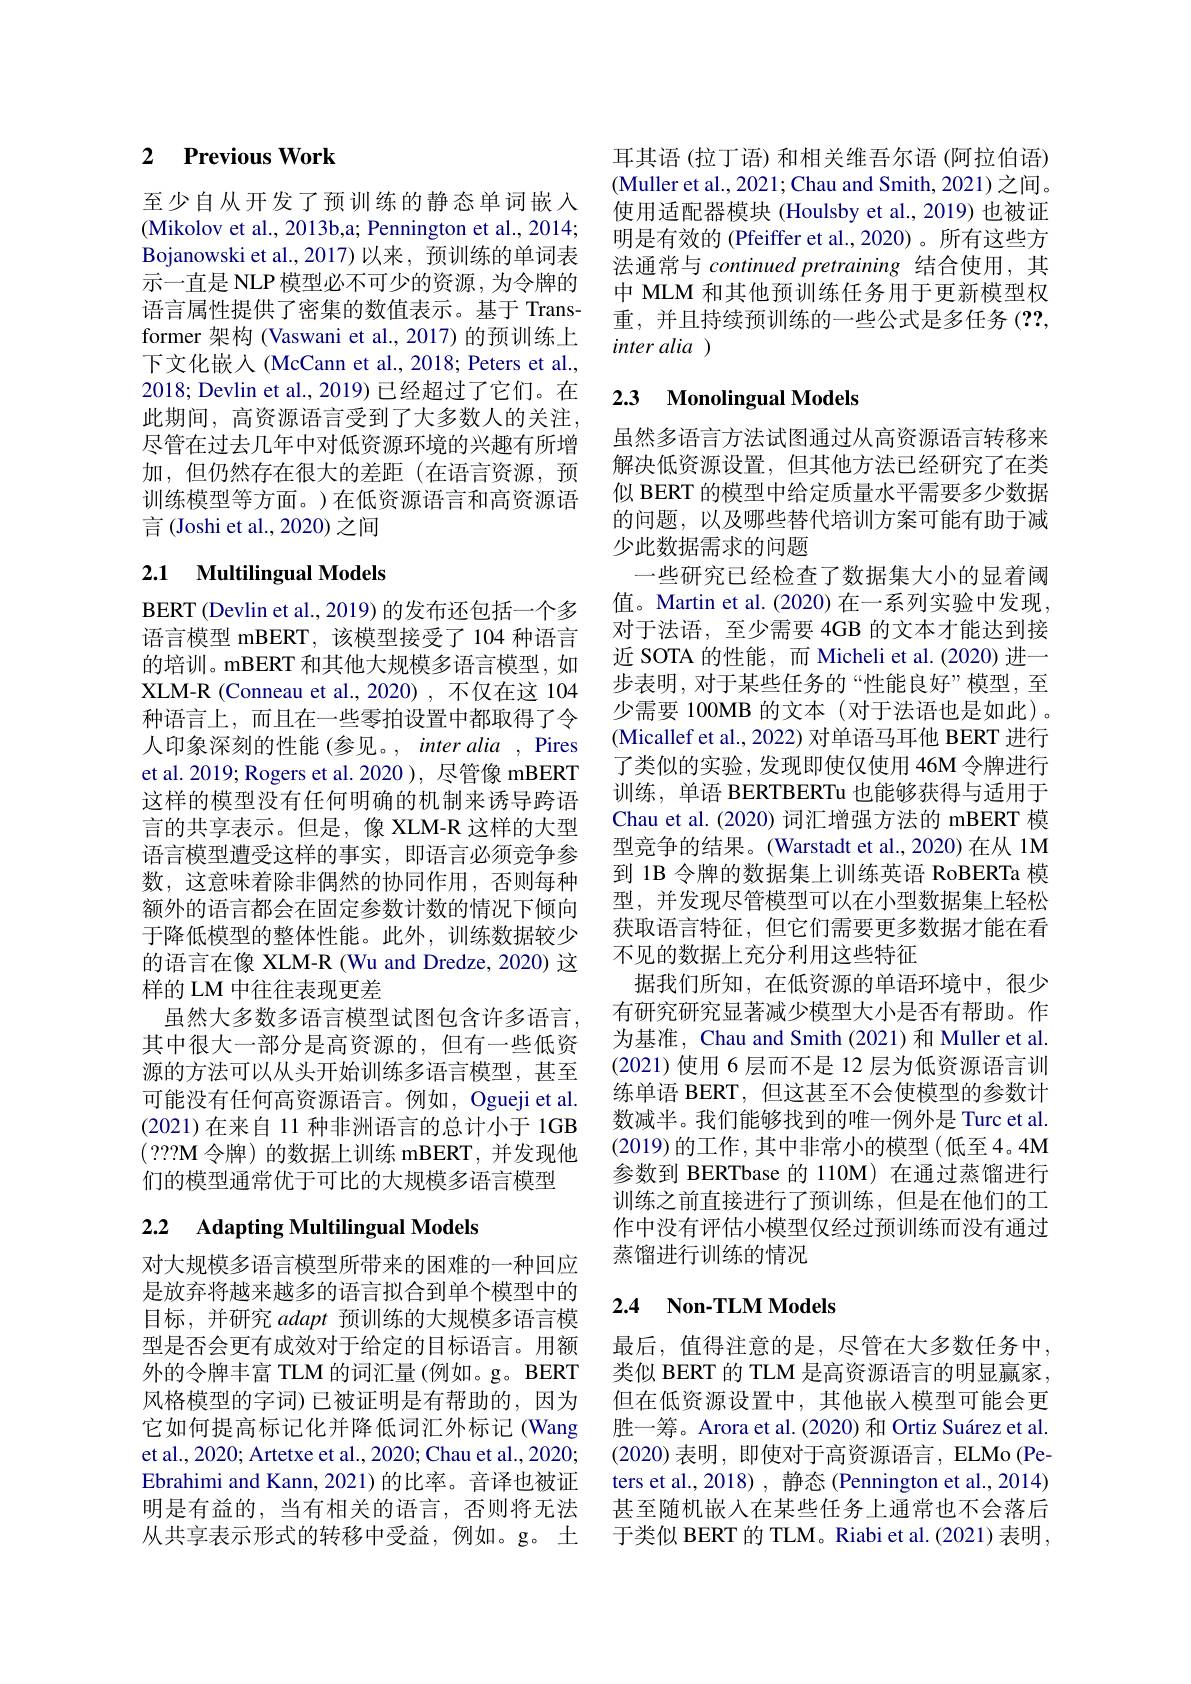
## 2 $\textbf{Previous Work}$

至少自从开发了预训练的静态单词嵌入(Mikolov et al., 2013b,a; Pennington et al., 2014; Bojanowski et al., 2017) 以来，预训练的单词表示一直是 NLP 模型必不可少的资源，为令牌的语言属性提供了密集的数值表示。基于 Transformer 架构 (Vaswani et al.,2017)的预训练上下文化嵌入 (McCann et al., 2018; Peters et al., 2018; Devlin et al., 2019) 已经超过了它们。在此期间，高资源语言受到了大多数人的关注， 尽管在过去几年中对低资源环境的兴趣有所增加，但仍然存在很大的差距(在语言资源，预训练模型等方面。)在低资源语言和高资源语言(Joshi et al., 2020) 之间

# 2.1 Multilingual Models

BERT (Devlin et al., 2019) 的发布还包括一个多语言模型 mBERT,该模型接受了104 种语言的培训。mBERT 和其他大规模多语言模型，如XLM-R (Conneau et al., 2020) , 不仅在这 104种语言上，而且在一些零拍设置中都取得了令人印象深刻的性能(参见。, inter alia , Pires et al. 2019; Rogers et al. 2020 ), 尽管像 mBERT 这样的模型没有任何明确的机制来诱导跨语言的共享表示。但是，像 XLM-R 这样的大型语言模型遭受这样的事实，即语言必须竞争参数，这意味着除非偶然的协同作用，否则每种额外的语言都会在固定参数计数的情况下倾向于降低模型的整体性能。此外，训练数据较少的语言在像 XLM-R (Wu and Dredze, 2020) 这样的 LM 中往往表现更差
虽然大多数多语言模型试图包含许多语言， 其中很大一部分是高资源的，但有一些低资源的方法可以从头开始训练多语言模型，甚至可能没有任何高资源语言。例如，Ogueji et al. (2021)在来自 11 种非洲语言的总计小于 1GB ( ???M 令牌) 的数据上训练 mBERT,并发现他们的模型通常优于可比的大规模多语言模型

# 2.2 Adapting Multilingual Models

对大规模多语言模型所带来的困难的一种回应是放弃将越来越多的语言拟合到单个模型中的目标，并研究 adapt 预训练的大规模多语言模型是否会更有成效对于给定的目标语言。用额外的令牌丰富 TLM 的词汇量 (例如。g。BERT 风格模型的字词)已被证明是有帮助的，因为它如何提高标记化并降低词汇外标记(Wang et al., 2020; Artetxe et al., 2020; Chau et al., 2020; Ebrahimi and Kann, 2021) 的比率。音译也被证明是有益的，当有相关的语言，否则将无法从共享表示形式的转移中受益，例如。g。土

耳其语(拉丁语) 和相关维吾尔语 (阿拉伯语) (Muller et al., 2021; Chau and Smith, 2021) 之间。使用适配器模块 (Houlsby et al., 2019) 也被证明是有效的 (Pfeiffer et al.,2020)。所有这些方法通常与continued pretraining 结合使用，其中 MLM 和其他预训练任务用于更新模型权重，并且持续预训练的一些公式是多任务 (??, inter alia )

### 2.3 Monolingual Models

虽然多语言方法试图通过从高资源语言转移来解决低资源设置，但其他方法已经研究了在类似 BERT 的模型中给定质量水平需要多少数据的问题，以及哪些替代培训方案可能有助于减少此数据需求的问题
一些研究已经检查了数据集大小的显着阈值。Martin et al. (2020) 在一系列实验中发现， 对于法语，至少需要 4GB 的文本才能达到接近 SOTA 的性能，而 Micheli et al.(2020)进一步表明，对于某些任务的“性能良好”模型，至少需要 100MB 的文本(对于法语也是如此)。(Micallef et al., 2022) 对单语马耳他 BERT 进行了类似的实验，发现即使仅使用 46M 令牌进行训练，单语 BERTBERTu 也能够获得与适用于Chau et al. (2020) 词汇增强方法的 mBERT 模型竞争的结果。(Warstadt et al.,2020)在从 1M 到 1B 令牌的数据集上训练英语 RoBERTa 模型，并发现尽管模型可以在小型数据集上轻松获取语言特征，但它们需要更多数据才能在看不见的数据上充分利用这些特征
据我们所知，在低资源的单语环境中，很少有研究研究显著减少模型大小是否有帮助。作为基准，Chau and Smith (2021) 和 Muller et al. (2021)使用 6 层而不是 12 层为低资源语言训练单语 BERT, 但这甚至不会使模型的参数计数减半。我们能够找到的唯一例外是 Turc et al. (2019)的工作 , 其中非常小的模型 (低至 4。4M 参数到 BERTbase 的 110M) 在通过蒸馏进行训练之前直接进行了预训练，但是在他们的工作中没有评估小模型仅经过预训练而没有通过蒸馏进行训练的情况

## 2.4 Non-TLM Models

最后，值得注意的是，尽管在大多数任务中， 类似 BERT 的 TLM 是高资源语言的明显赢家， 但在低资源设置中，其他嵌入模型可能会更胜一筹。Arora et al.(2020) 和 Ortiz Suárez et al. (2020)表明，即使对于高资源语言，ELMo (Peters et al.,2018) , 静态 (Pennington et al.,2014) 甚至随机嵌入在某些任务上通常也不会落后于类似 BERT 的 TLM。Riabi et al.(2021) 表明，